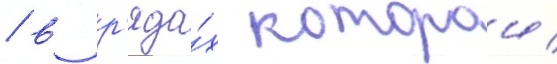
/ в р'яда́х которои